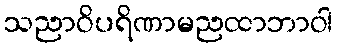
သညာဝိပရိဏာမညထာဘာဝါ